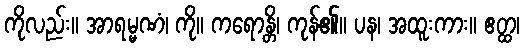
ကိုလည်း။ အာရမ္မဏံ၊ ကို။ ကရောန္တိ၊ ကုန်၏။ ပန၊ အထူးကား။ ဧတ္ထ၊